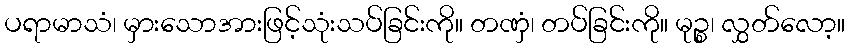
ပရာမာသံ၊ မှားသောအားဖြင့်သုံးသပ်ခြင်းကို။ တဏှံ၊ တပ်ခြင်းကို။ မုဉ္စ၊ လွှတ်လော့။